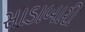
સાડાબારી